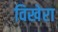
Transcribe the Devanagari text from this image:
विखेरा